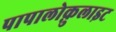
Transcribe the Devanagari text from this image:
पापालोक़ुलाइट